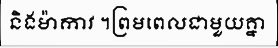
និងម៉ាកាវ ។ព្រមពេលជាមួយគ្នា